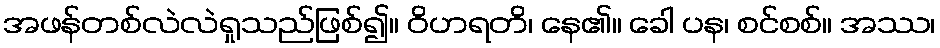
အဖန်တစ်လဲလဲရှုသည်ဖြစ်၍။ ဝိဟရတိ၊ နေ၏။ ခေါ ပန၊ စင်စစ်။ အဿ၊